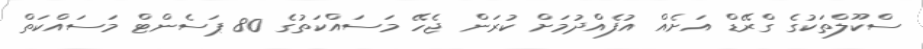
ސްކޫލްތަކުގެ ގްރޭޑް އަށެއް އުފެއްދުމަށް ކުރަން ޖެހޭ މަސައްކަތުގެ 80 ޕަސެންޓް މަސައްކަތް